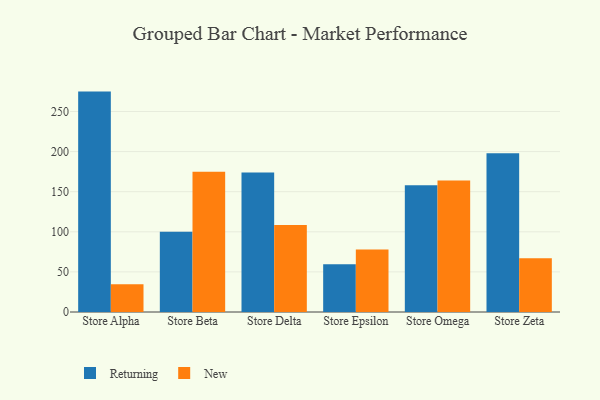
{"axis": {"x": "Store", "y": "Inventory Turnover"}, "legend": ["New", "Returning"], "data": [{"x": "Store Alpha", "y": 274.8, "type": "Returning"}, {"x": "Store Alpha", "y": 34.5, "type": "New"}, {"x": "Store Beta", "y": 100.0, "type": "Returning"}, {"x": "Store Beta", "y": 174.9, "type": "New"}, {"x": "Store Delta", "y": 173.8, "type": "Returning"}, {"x": "Store Delta", "y": 108.6, "type": "New"}, {"x": "Store Epsilon", "y": 59.4, "type": "Returning"}, {"x": "Store Epsilon", "y": 78.0, "type": "New"}, {"x": "Store Omega", "y": 157.9, "type": "Returning"}, {"x": "Store Omega", "y": 164.0, "type": "New"}, {"x": "Store Zeta", "y": 198.0, "type": "Returning"}, {"x": "Store Zeta", "y": 67.0, "type": "New"}]}